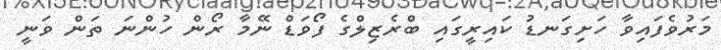
މަރުވެފައިވާ ހަށިގަނޑު ކައިރީގައި ބްރެޒިލްގެ ފޯވަޑް ނޭމާ ރޯން ހުންނަ ތަން ވަނީ